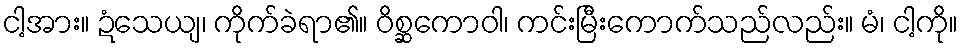
ငါ့အား။ ဍံသေယျ၊ ကိုက်ခဲရာ၏။ ဝိစ္ဆကောဝါ၊ ကင်းမြီးကောက်သည်လည်း။ မံ၊ ငါ့ကို။